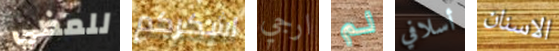
للمضي اشكركم ارجي لم أسلافي الاسنان